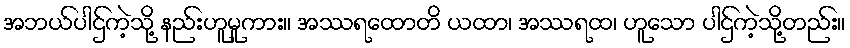
အဘယ်ပါဌ်ကဲ့သို့ နည်းဟူမူကား။ အဿရထောတိ ယထာ၊ အဿရထ၊ ဟူသော ပါဌ်ကဲ့သို့တည်း။